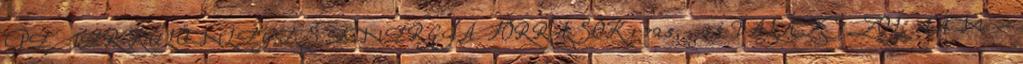
PÉTER KÜLÖNLEGES ENERGIAFORRÁSOK 1 725,- 55 BALÁZS ZOLTÁN –